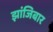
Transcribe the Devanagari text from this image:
झांजिबार